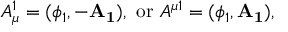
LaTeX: A _ { \mu } ^ { 1 } = ( \phi _ { 1 } , - \mathbf { A _ { 1 } } ) , ~ \mathrm { o r } ~ A ^ { \mu 1 } = ( \phi _ { 1 } , \mathbf { A _ { 1 } } ) ,